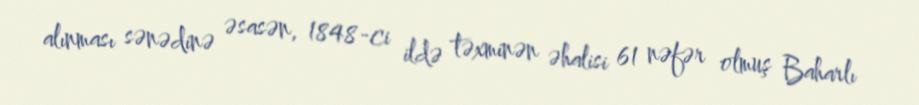
alınması sənədinə əsasən, 1848-ci ildə təxminən əhalisi 61 nəfər olmuş Baharlı